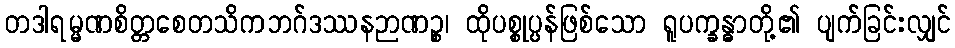
တဒါရမ္မဏစိတ္တစေတသိကဘဂ်ဒဿနဉာဏဉ္စ၊ ထိုပစ္စုပ္ပန်ဖြစ်သော ရူပက္ခန္ဓာတို့၏ ပျက်ခြင်းလျှင်